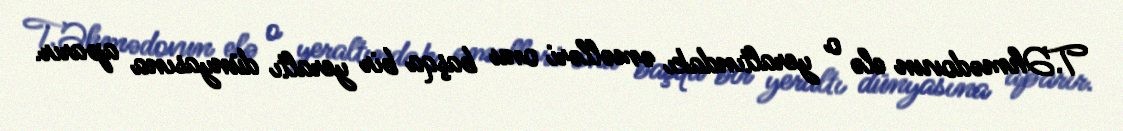
T.Əhmədovun elə o yeraltındakı əməlləri onu başqa bir yeraltı dünyasına aparır.